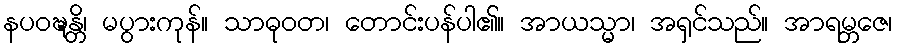
နပဝဍ္ဎန္တိ၊ မပွားကုန်။ သာဓုဝတ၊ တောင်းပန်ပါ၏။ အာယသ္မာ၊ အရှင်သည်။ အာရမ္ဘဇေ၊